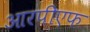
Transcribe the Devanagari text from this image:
आरपीएफ